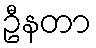
ဦနတာ